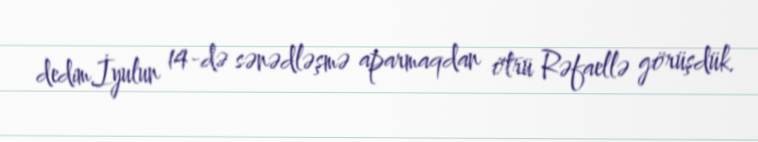
dedim.İyulun 14-də sənədləşmə aparmaqdan ötrü Rəfaellə görüşdük.